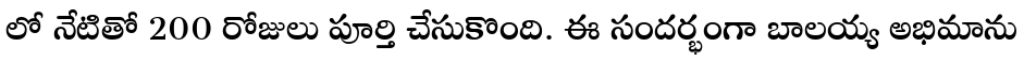
లో నేటితో 200 రోజులు పూర్తి చేసుకొంది. ఈ సందర్భంగా బాలయ్య అభిమాను